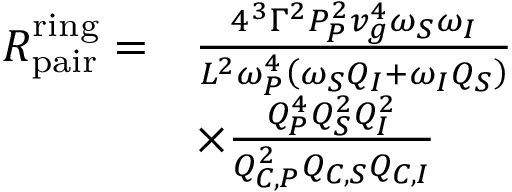
\begin{array} { r l } { R _ { \mathrm { p a i r } } ^ { \mathrm { r i n g } } = } & { \frac { 4 ^ { 3 } \Gamma ^ { 2 } P _ { P } ^ { 2 } v _ { g } ^ { 4 } \omega _ { S } \omega _ { I } } { L ^ { 2 } \omega _ { P } ^ { 4 } \left( \omega _ { S } Q _ { I } + \omega _ { I } Q _ { S } \right) } } \\ & { \times \frac { Q _ { P } ^ { 4 } Q _ { S } ^ { 2 } Q _ { I } ^ { 2 } } { Q _ { C , P } ^ { 2 } Q _ { C , S } Q _ { C , I } } } \end{array}